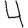
Digit: 4